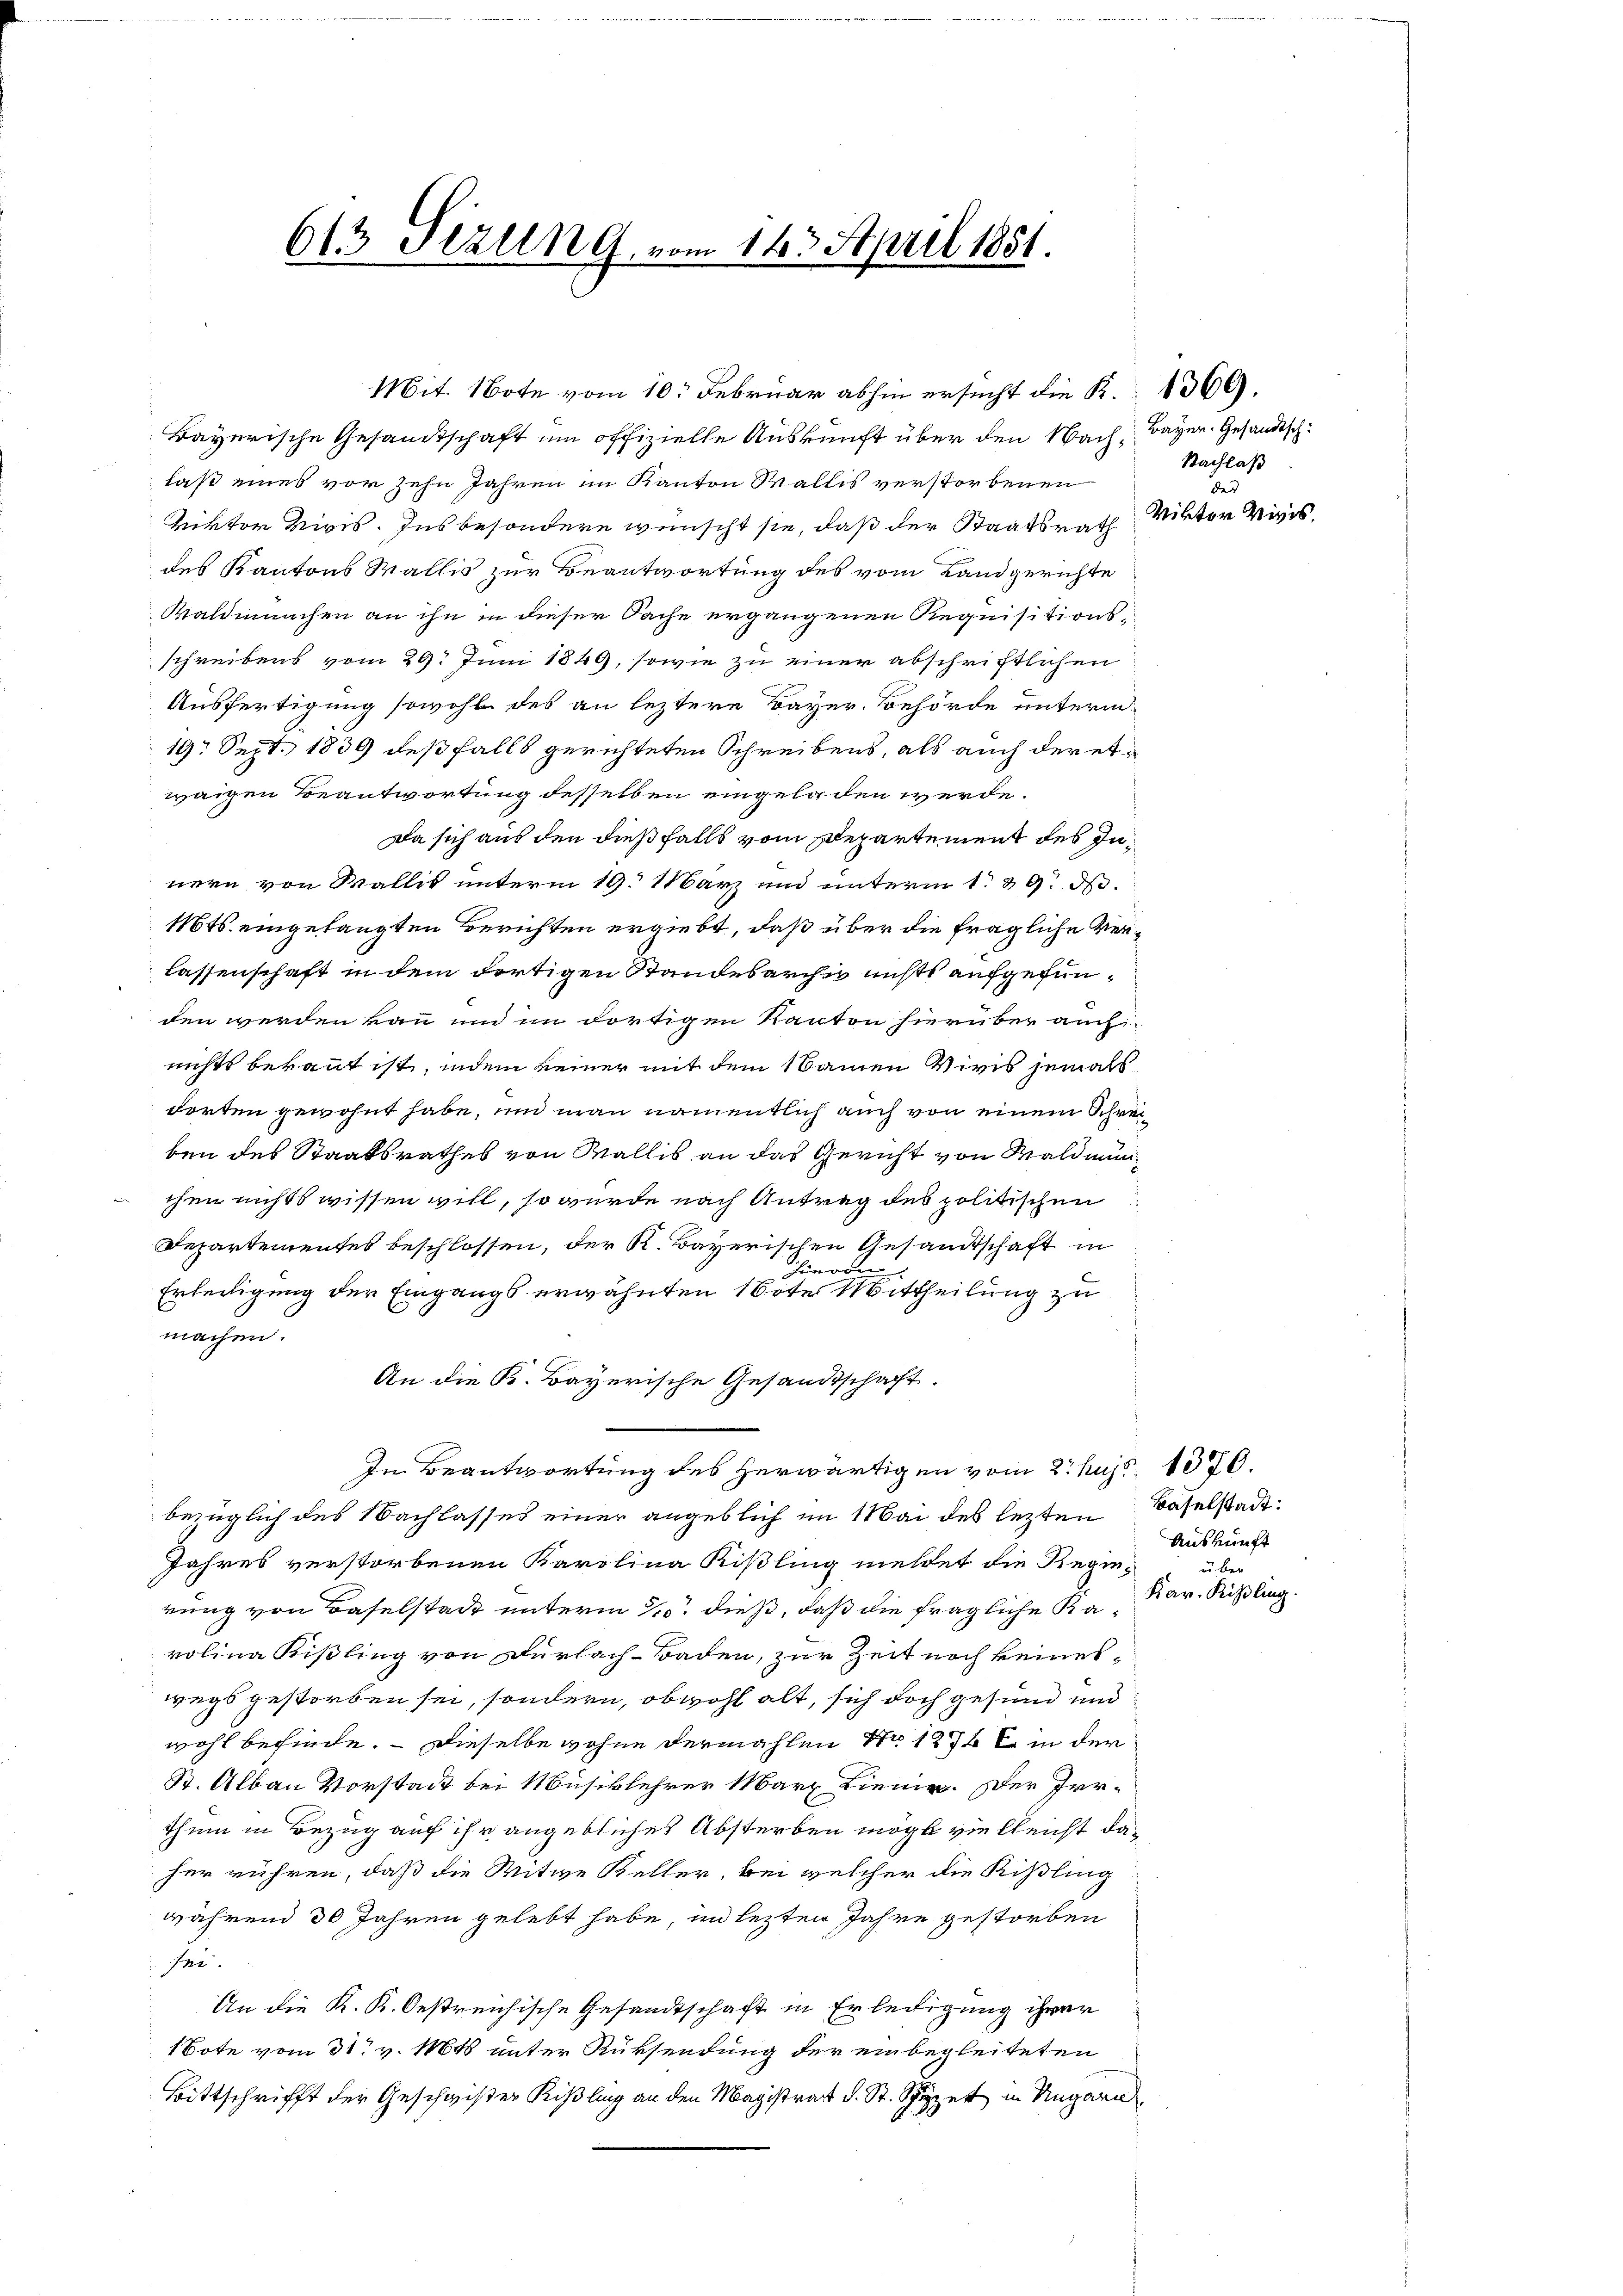
613 Stzlln G. vom 143. April 1851.

Bayerische Gesandtschaft um offizielle Auskunft über den Nach Bayer. Gesandtschlaß eines vor zehn Jahren im Kanton Wallis verstorbenen
Riktor Rivis. Ins besondere wünscht sie, daß der Staatsrath
des Kantons Wallis zur Beantwortung des vom Landgerichte
Waldmanchen an ihn in dieser Sache ergangenen Requisitionsschreibens vom 29. Juni 1849, sowie zu einer abschriftlichen
Ausfertigung sowohl des an leztere Bayer. Behörde unterm
19. Sept. 1839 deßfalls gerichteten Schreibens, als auch der etweigen Beantwortung desselben eingeladen werde.
Da sich aus den dießfalls vom Departement des Innern von Wallis unterm 19. März und unterm 1. & 9. d.
Mts. eingelangten Berichten ergiebt, daß über die fragliche Verlassenschaft in dem dortigen Standesarches nichts aufgefunden werden kann und im dortigen Kanton hierüber auchnichts bekannt ist, indem keiner mit dem Namen Vivis jemals
dorten gewohnt habe, und man namentlich auch von einem Schreiben des Staatsrathes von Wallis an das Gericht von Waldmun
chen nichts wissen will, so wurde nach Antrag des politischen
Departementes beschlossen, der K. Bayerischen Gesandtschaft in
hieren
Erledigung der Eingangs erwähnten Bote Mittheilung zu
machen.
An die K. Bayerische Gesandtschaft.
In Beantwortung des herwärtigen vom 2. huj. 1370.
bezüglich des Nachlasses einer angeblich im Mai des lezten Baselstadt¬
Jahres verstorbenen Karolina Kißling meldet die Regierung von Baselstadt unterm 21. dieß, daß die fragliche Karolina Kißling von Dürlach–Baden, zur Zeit noch keineswegs gestorben sei, sondern, obwohl alt, sich doch gesund und
wohl befinde. – Dieselbe wohne dermahlen Nr. 1876 c. in der
St. Albau Vorstadt bei Musiklehrer Marz Lienie. Der Irrthum in Bezug auf ihr angebliches Absterben mögte vielleicht daher rühren, daß die Mitwe Keller, bei welcher die Kißling
während 30 Jahren gelebt habe, in lezten Jahre gestorben
sei.
An die K. K. Oestreichische Gesandtschaft in Erledigung ihrer
1Bote vom 31. v. Mts unter Rüksendung der einbegleiteten
Bittschrifft der Geschwister Rißling an den Magistrat d. St. Spyzet in Ungarn

Mit Note vom 10. Februar abhin ersucht die K. 1369.

Nachlaß
der
Viktor vivis.

Auskunft
uber
Kar. Rißling.